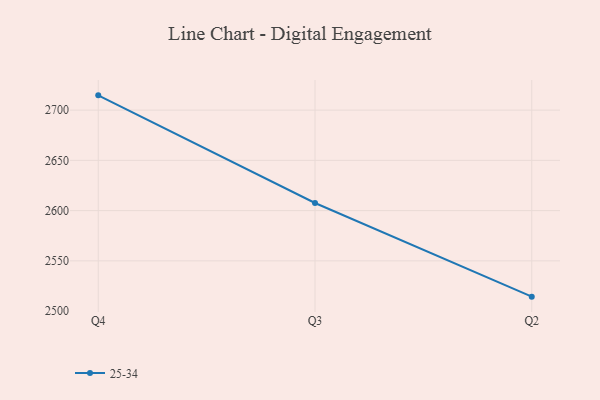
{"axis": {"x": "Quarter", "y": "Humidity (%)"}, "legend": ["25-34"], "data": [{"x": "Q4", "y": 2714.7, "type": "25-34"}, {"x": "Q3", "y": 2607.6, "type": "25-34"}, {"x": "Q2", "y": 2514.4, "type": "25-34"}]}